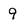
Character: 9